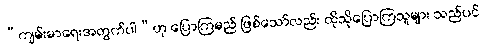
“ကျမ်းမာရေးအတွက်ပါ”ဟု ပြောကြမည် ဖြစ်သော်လည်း ထိုသိုပြောကြသူများ သည်ပင်